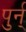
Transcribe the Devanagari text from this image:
पुर्न्